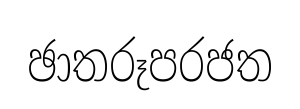
ඡාතරූපරජත